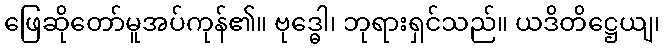
ဖြေဆိုတော်မူအပ်ကုန်၏။ ဗုဒ္ဓေါ၊ ဘုရားရှင်သည်။ ယဒိတိဋ္ဌေယျ၊